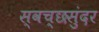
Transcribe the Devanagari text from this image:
स्वच्छसुंदर